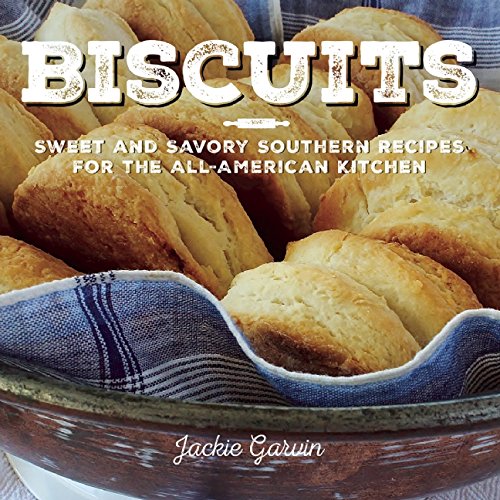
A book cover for Biscuits: Sweet and Savory Southern Recipes for the All-American Kitchen; Jackie Garvin; Cookbooks, Food & Wine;